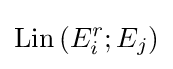
\operatorname {Lin} \left(E_{i}^{r};E_{j}\right)